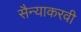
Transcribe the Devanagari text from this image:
सैन्याकरवी